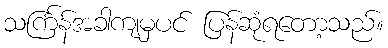
သင်္ကြန်အခါကျမှပင် ပြန်ဆုံရတော့သည်။